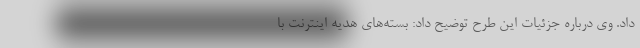
داد. وی درباره جزئیات این طرح توضیح داد: بسته‌های هدیه اینترنت با